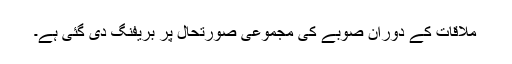
ملاقات کے دوران صوبے کی مجموعی صورتحال پر بریفنگ دی گئی ہے۔